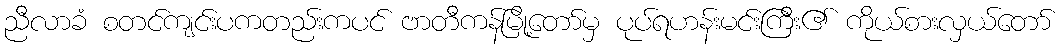
ညီလာခံ စတင်ကျင်းပကတည်းကပင် ဗာတီကန်မြို့တော်မှ ပုပ်ရဟန်းမင်းကြီး၏ ကိုယ်စားလှယ်တော်